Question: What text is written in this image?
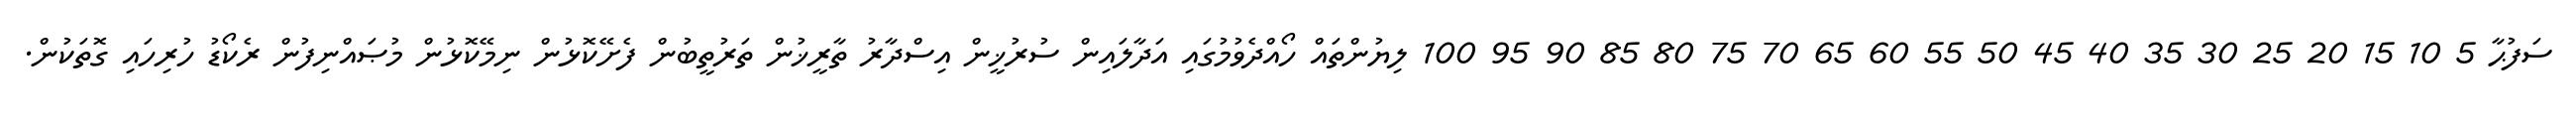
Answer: ސަފުޙާ 5 10 15 20 25 30 35 40 45 50 55 60 65 70 75 80 85 90 95 100 ލިޔުންތައް ހޯއްދެވުމުގައި އަދާލައިން ސުރުޚީން އިސްދާރު ތާރީޚުން ތަރުތީބުން ފެށޭކޮޅުން ނިމޭކޮޅުން މުޞައްނިފުން ރެކޯޑު ހުރިހައި ގޮތަކުން.